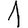
Digit: 1